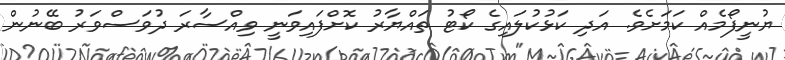
ޔުނީފޯމެއް ކަމަށެވެ. އަދި ކަޅުކުލައިގެ ކޯޓު ތައްޔާރު ކޮށްފައިވަނީ ވިއްސާރަ ދުވަސްވަރު ބޭނުން